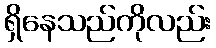
ရှိနေသည်ကိုလည်း